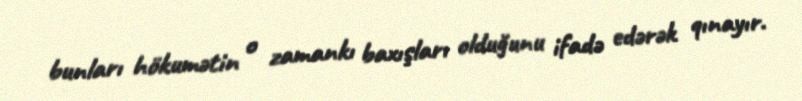
bunları hökumətin o zamankı baxışları olduğunu ifadə edərək qınayır.